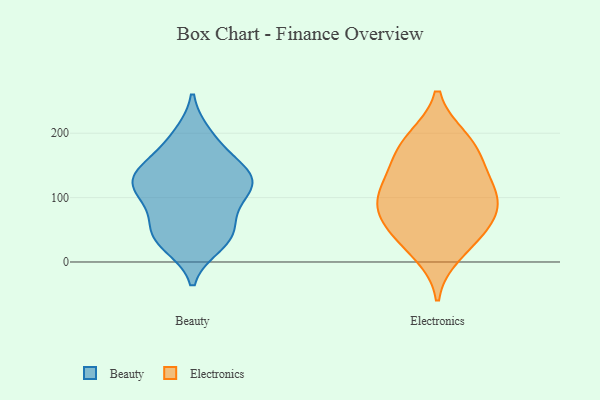
{"axis": {"x": "Operating Costs (USD K)", "y": "Value"}, "legend": ["Beauty", "Electronics"], "data": [{"x": "", "y": 28, "type": "Beauty"}, {"x": "", "y": 53, "type": "Beauty"}, {"x": "", "y": 131, "type": "Beauty"}, {"x": "", "y": 119, "type": "Beauty"}, {"x": "", "y": 147, "type": "Beauty"}, {"x": "", "y": 196, "type": "Beauty"}, {"x": "", "y": 95, "type": "Beauty"}, {"x": "", "y": 45, "type": "Beauty"}, {"x": "", "y": 43, "type": "Beauty"}, {"x": "", "y": 100, "type": "Beauty"}, {"x": "", "y": 37, "type": "Beauty"}, {"x": "", "y": 149, "type": "Beauty"}, {"x": "", "y": 113, "type": "Beauty"}, {"x": "", "y": 131, "type": "Beauty"}, {"x": "", "y": 128, "type": "Beauty"}, {"x": "", "y": 188, "type": "Beauty"}, {"x": "", "y": 86, "type": "Electronics"}, {"x": "", "y": 101, "type": "Electronics"}, {"x": "", "y": 159, "type": "Electronics"}, {"x": "", "y": 158, "type": "Electronics"}, {"x": "", "y": 65, "type": "Electronics"}, {"x": "", "y": 109, "type": "Electronics"}, {"x": "", "y": 48, "type": "Electronics"}, {"x": "", "y": 191, "type": "Electronics"}, {"x": "", "y": 39, "type": "Electronics"}, {"x": "", "y": 192, "type": "Electronics"}, {"x": "", "y": 13, "type": "Electronics"}, {"x": "", "y": 88, "type": "Electronics"}, {"x": "", "y": 124, "type": "Electronics"}]}